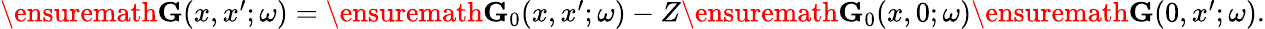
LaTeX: \begin{array}{r}{\ensuremath{\mathbf{G}}(x,x^{\prime};\omega)=\ensuremath{\mathbf{G}}_{0}(x,x^{\prime};\omega)-Z\ensuremath{\mathbf{G}}_{0}(x,0;\omega)\ensuremath{\mathbf{G}}(0,x^{\prime};\omega).}\end{array}